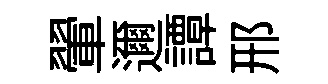
翬邇譚邢